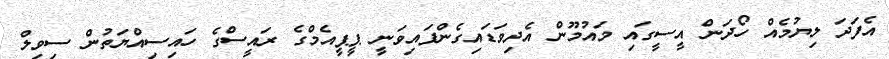
އެފަދަ ލިޔުމެއް ހޯދަން އީސީގައި މައުމޫން އެދިވަޑައިގެންފައިވަނީ ޕީޕީއެމްގެ ރައީސްގެ ހައިސިއްޔަތުން ސިވިލް